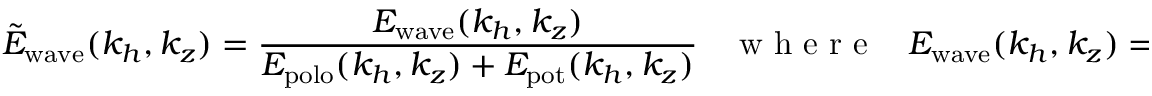
\tilde { E } _ { \mathrm { w a v e } } ( k _ { h } , k _ { z } ) = \frac { E _ { \mathrm { w a v e } } ( k _ { h } , k _ { z } ) } { E _ { \mathrm { p o l o } } ( k _ { h } , k _ { z } ) + E _ { \mathrm { p o t } } ( k _ { h } , k _ { z } ) } ~ ~ ~ ~ \mathrm { ~ w ~ h ~ e ~ r ~ e ~ } ~ ~ ~ ~ E _ { \mathrm { w a v e } } ( k _ { h } , k _ { z } ) = \sum _ { \omega } ~ E _ { \mathrm { w a v e } } ( k _ { h } , k _ { z } , \omega ) .